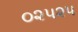
૦૨૫૨૫